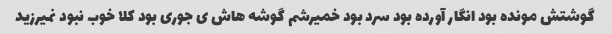
گوشتش مونده بود انگار آورده بود سرد بود خمیرشم گوشه هاش ی جوری بود کلا خوب نبود نمیرزید